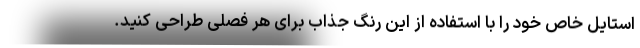
استایل خاص خود را با استفاده از این رنگ جذاب برای هر فصلی طراحی کنید.